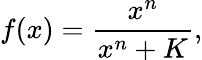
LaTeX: f(x)=\frac{x^{n}}{x^{n}+K},